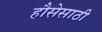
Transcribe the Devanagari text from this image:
हौसेसाठी